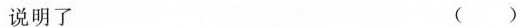
说明了 ()